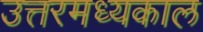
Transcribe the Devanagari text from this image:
उत्तरमध्यकाल